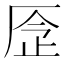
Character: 𠩧